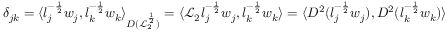
\delta _ { j k } = \langle l _ { j } ^ { - \frac { 1 } { 2 } } w _ { j } , l _ { k } ^ { - \frac { 1 } { 2 } } w _ { k } \rangle _ { D ( \mathcal { L } _ { 2 } ^ { \frac { 1 } { 2 } } ) } = \langle \mathcal { L } _ { 2 } l _ { j } ^ { - \frac { 1 } { 2 } } w _ { j } , l _ { k } ^ { - \frac { 1 } { 2 } } w _ { k } \rangle = \langle D ^ { 2 } ( l _ { j } ^ { - \frac { 1 } { 2 } } w _ { j } ) , D ^ { 2 } ( l _ { k } ^ { - \frac { 1 } { 2 } } w _ { k } ) \rangle